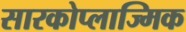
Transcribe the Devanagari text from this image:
सारकोप्लाज्मिक